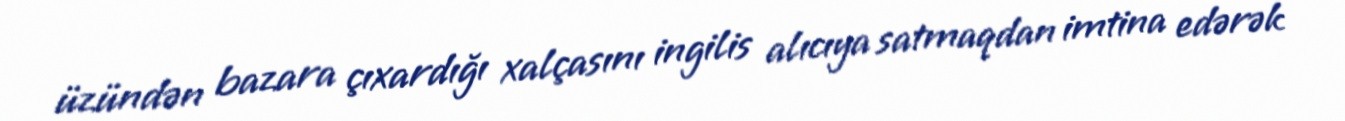
üzündən bazara çıxardığı xalçasını ingilis alıcıya satmaqdan imtina edərək